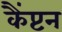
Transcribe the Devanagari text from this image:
कैंप्टन